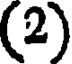
(2)